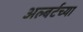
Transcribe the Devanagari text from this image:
अल्बर्टच्या